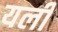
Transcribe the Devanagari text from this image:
यली